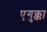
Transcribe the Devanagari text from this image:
एगुक्का